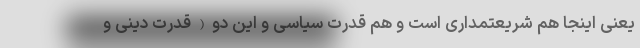
یعنی اینجا هم شریعتمداری است و هم قدرت سیاسی و این دو(قدرت دینی و